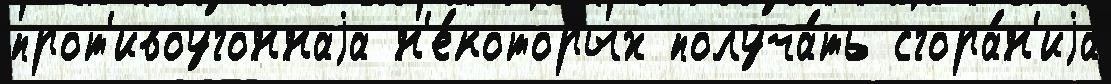
прот'ивоугоннаjа н'е́которых получа́ть сгора́н'иjа